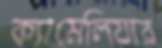
ক্যামেলিয়ার